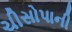
ચીસોપાની